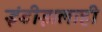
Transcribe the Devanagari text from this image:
इंडीझलाही